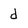
Character: d